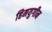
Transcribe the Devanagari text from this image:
हिमयुगीन